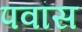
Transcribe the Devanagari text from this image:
पवांस